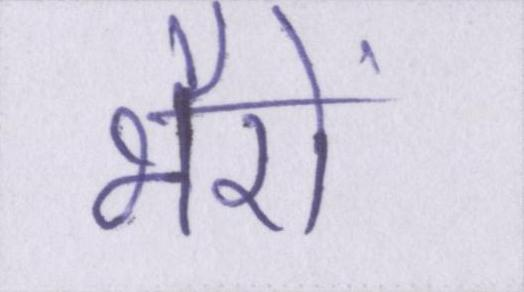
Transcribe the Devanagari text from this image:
भैरों